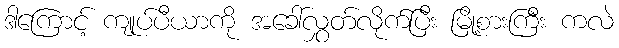
ဒါကြောင့် ကျုပ်ပီယာကို အခေါ်လွှတ်လိုက်ပြီး မြို့စားကြီး ကလဲ